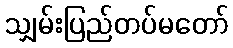
သျှမ်းပြည်တပ်မတော်